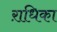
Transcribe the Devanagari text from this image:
ऱाधिका